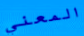
المعني